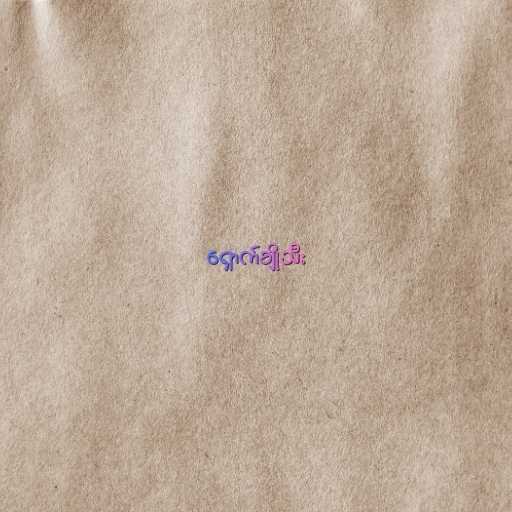
ရှောက်ချိုသီး